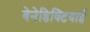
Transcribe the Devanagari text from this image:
बेनेडिक्टियाई